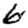
Digit: 6